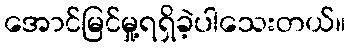
အောင်မြင်မှု့ရရှိခဲ့ပါသေးတယ်။